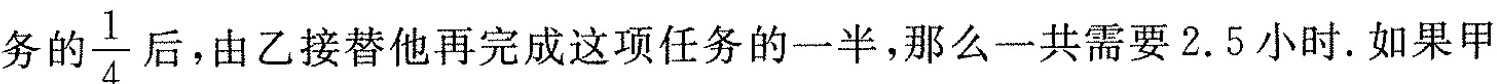
务的 \frac{1}{4} 后，由乙接替他再完成这项任务的一半，那么一共需要2.5小时。如果甲